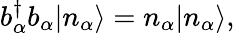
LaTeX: b_{\alpha}^{\dagger}b_{\alpha}|n_{\alpha}\rangle=n_{\alpha}|n_{\alpha}\rangle,